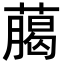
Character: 﨟